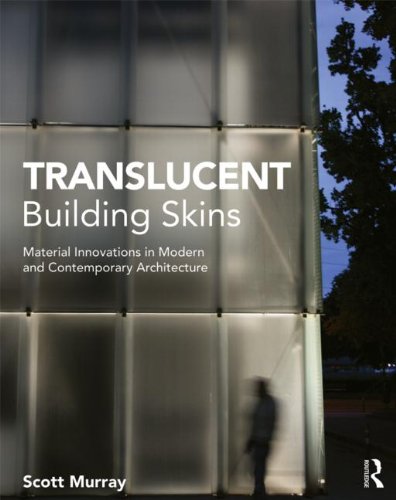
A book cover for Translucent Building Skins: Material Innovations in Modern and Contemporary Architecture; Scott Murray; Arts & Photography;